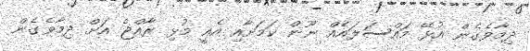
ދިމާވެގެން އުޅޭ މައްސަލައެއް ނޫން ކަމަށާއި އެއީ މުޅި ރާއްޖެ އަށް ދިމާވެގެން